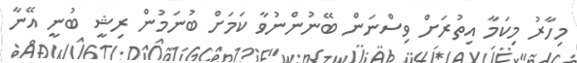
މިހާރު މިކަމާ އިތުރަށް ވިސްނަން ބޭނުންނުވާ ކަމަށް ބުނަމުން ރިޝީ ބުނީ އޭނާ